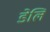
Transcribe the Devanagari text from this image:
डेलि